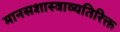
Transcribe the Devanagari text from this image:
मानसशास्त्राव्यतिरिक्त